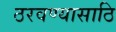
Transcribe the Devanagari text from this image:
ठरवण्यासाठि